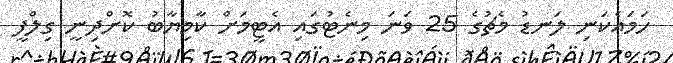
ހަމައެކަނި ލަނޑު މެޗުގެ 25 ވަނަ މިނެޓުގައި އެޓީމަށް ކާމިޔާބު ކޮށްދިނީ ގިލްފީ